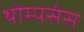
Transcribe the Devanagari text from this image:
थोम्पसंस